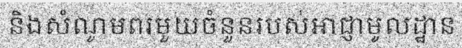
និងសំណូមពរមួយចំនួនរបស់អាជ្ញាមូលដ្ឋាន